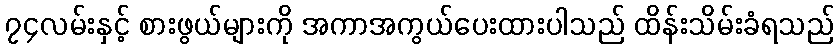
၇၄လမ်းနှင့် စားဖွယ်များကို အကာအကွယ်ပေးထားပါသည် ထိန်းသိမ်းခံရသည်